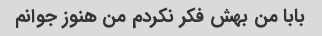
بابا من بهش فکر نکردم من هنوز جوانم